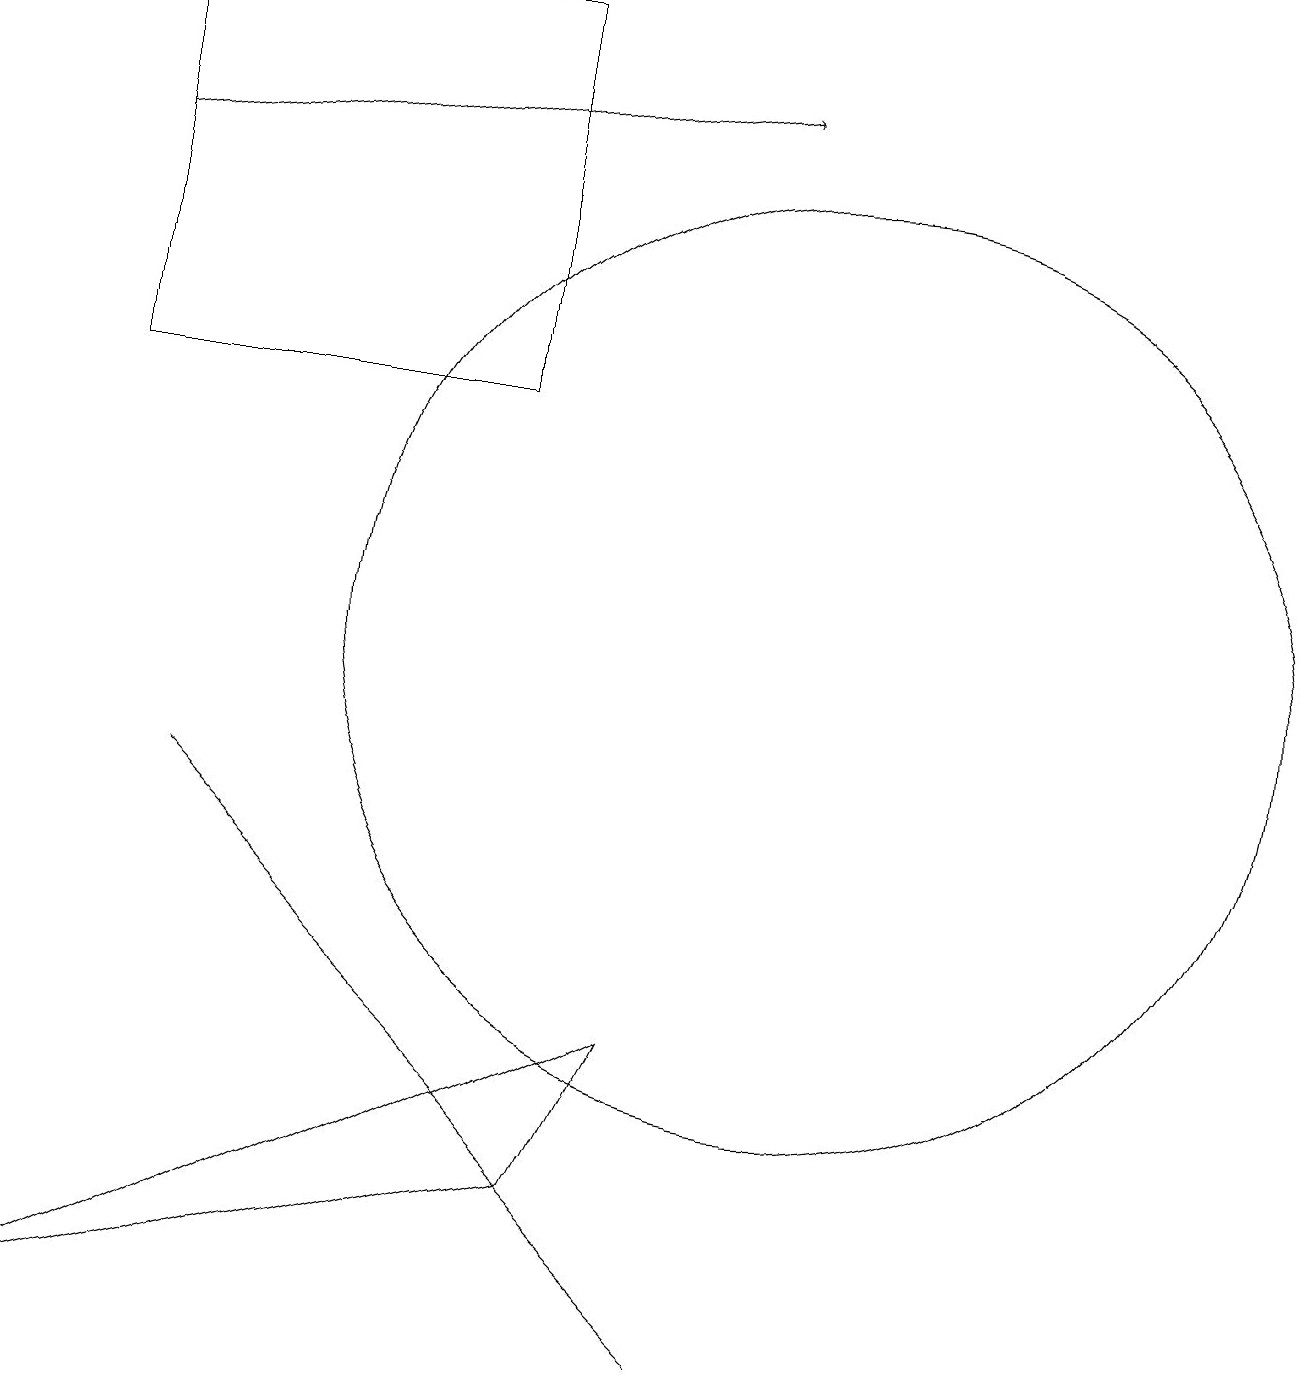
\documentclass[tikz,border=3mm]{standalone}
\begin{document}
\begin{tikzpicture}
\draw[->] (1,16) -- (9,17);
\draw (2,8) -- (5,5) -- (9,1) -- cycle;
\draw (6,18) rectangle (1,13);
\draw (8,5) -- (0,1) -- (7,3) -- cycle;
\draw (10,10) circle (6);
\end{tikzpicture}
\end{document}